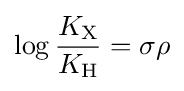
\log {\frac {K_{{\ce {X}}}}{K_{{\ce {H}}}}}=\sigma \rho